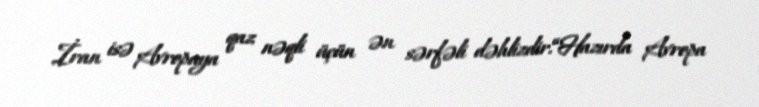
İran isə Avropaya qaz nəqli üçün ən sərfəli dəhlizdir.“Hazırda Avropa